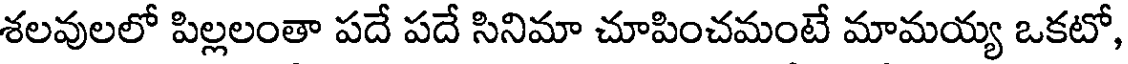
శలవులలో పిల్లలంతా పదే పదే సినిమా చూపించమంటే మామయ్య ఒకటో,